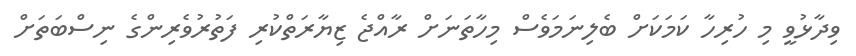
ވިދާޅުވީ މި ހުރިހާ ކަމަކަށް ބެލިނަމަވެސް މިހާތަނަށް ރާއްޖެ ޒިޔާރަތްކުރި ފަތުރުވެރިންގެ ނިސްބަތަށް